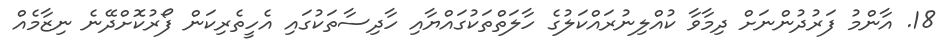
18. އާންމު ފަރުދުންނަށް ދިމާވާ ކުއްލިނުރައްކަލުގެ ހާލަތްތަކުގައްޔާއި ހާދިސާތަކުގައި އެހީތެރިކަން ފޯރުކޮށްދޭނެ ނިޒާމެއް